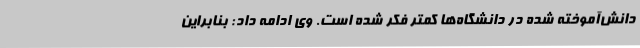
دانش‌آموخته شده در دانشگاه‌ها کمتر فکر شده است. وی ادامه داد: بنابراین